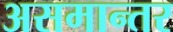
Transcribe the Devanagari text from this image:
असमान्तर